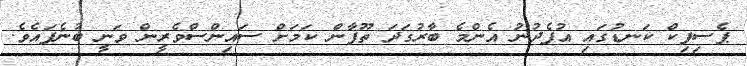
ޕެސިފިކް ކަނޑުގައި އުފެދުނު އެންމެ ބާރުގަދަ ތޫފާން ކަމަށް ސައިންސްވެރީން ވަނީ ބުނެފައެވެ.